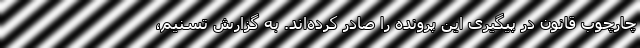
چارچوب قانون در پیگیری این پرونده را صادر کرده‌اند. به گزارش تسنیم،